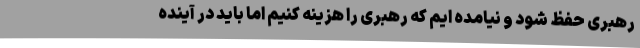
رهبری حفظ شود و نیامده ایم که رهبری را هزینه کنیم اما باید در آینده